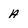
Character: A